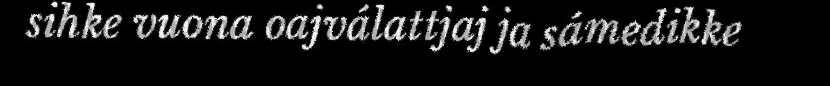
sihke vuona oajválattjaj ja sámedikke